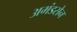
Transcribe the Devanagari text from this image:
अमंडसेन